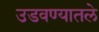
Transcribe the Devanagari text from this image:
उडवण्यातले